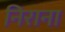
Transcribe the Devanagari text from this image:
निराना